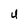
Character: U